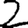
Digit: 2